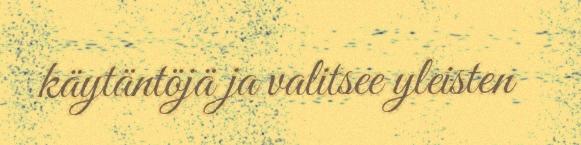
käytäntöjä ja valitsee yleisten